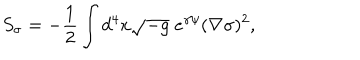
S _ { \sigma } = - \frac { 1 } { 2 } \int d ^ { 4 } x \sqrt { - g } \; e ^ { \gamma \psi } ( \nabla \sigma ) ^ { 2 } ,